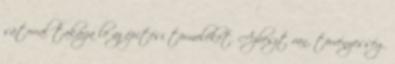
sátorral takarja le az építési törmeléket. Azbeszt van, törvényesség